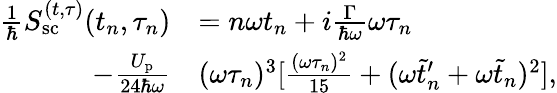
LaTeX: \begin{array}{rl}{\frac{1}{\hbar}S_{\mathrm{sc}}^{(t,\tau)}(t_{n},\tau_{n})}&{=n\omega t_{n}+i\frac{\Gamma}{\hbar\omega}\omega\tau_{n}}\\ {-\frac{U_{\mathrm{p}}}{24\hbar\omega}}&{(\omega\tau_{n})^{3}[\frac{(\omega\tau_{n})^{2}}{15}+(\omega\tilde{t}_{n}^{\prime}+\omega\tilde{t}_{n})^{2}],}\end{array}